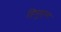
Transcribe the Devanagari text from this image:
हिगुएन